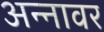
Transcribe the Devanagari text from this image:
अन्‍नावर